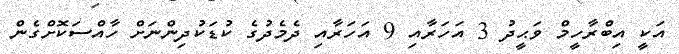
އަކީ އިބްރާހީމް ވަޙީދު 3 އަހަރާއި 9 އަހަރާއި ދެމެދުގެ ކުޑަކުދިންނަށް ހާއްސަކޮށްގެން